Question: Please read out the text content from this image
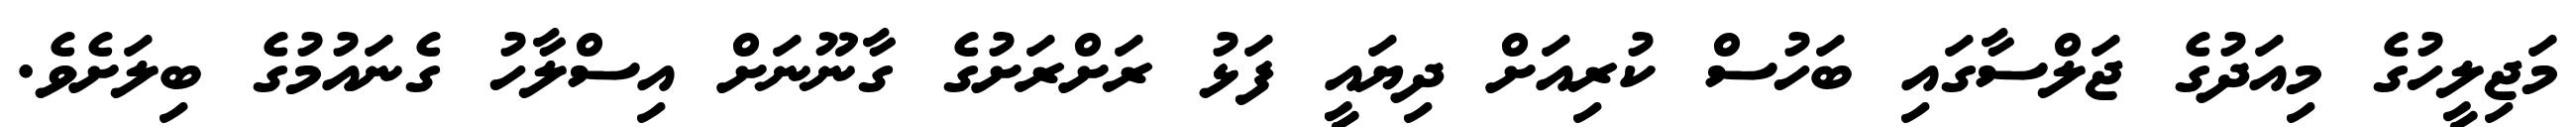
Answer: މަޖިލީހުގެ މިއަދުގެ ޖަލްސާގައި ބަހުސް ކުރިއަށް ދިޔައީ ފަޅު ރަށްރަށުގެ ގާނޫނަށް އިސްލާހު ގެނައުމުގެ ބިލަށެވެ.